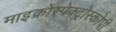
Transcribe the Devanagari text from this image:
माइक्रोस्पेक्ट्रोस्कोपी